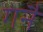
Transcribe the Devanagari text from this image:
गनैं